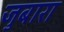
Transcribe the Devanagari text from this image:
जुबारा